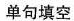
单句填空